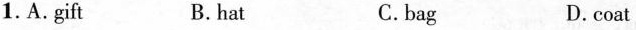
1.A.Git B. hat C.bag D.coat